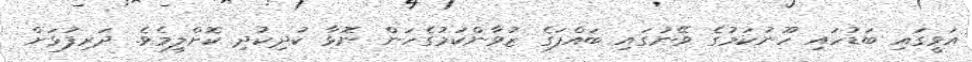
އަވީގައި ބަޑުހައި ހޫނުކަމުގެ ވޭނުގައި ބައްފަގެ ޒުވާންކަމުގެހަން ނޮޅާ ކުދިކުދި ކޮށްލީމެވެ. ދަރިފުޅަށް